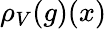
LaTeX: \rho_{V}(g)(x)